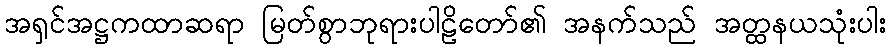
အရှင်အဋ္ဌကထာဆရာ မြတ်စွာဘုရားပါဠိတော်၏ အနက်သည် အတ္ထနယသုံးပါး